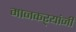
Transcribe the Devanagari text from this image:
मानकऱ्यांनी